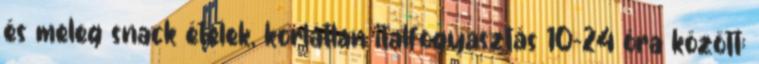
és meleg snack ételek, korlátlan italfogyasztás 10–24 óra között: